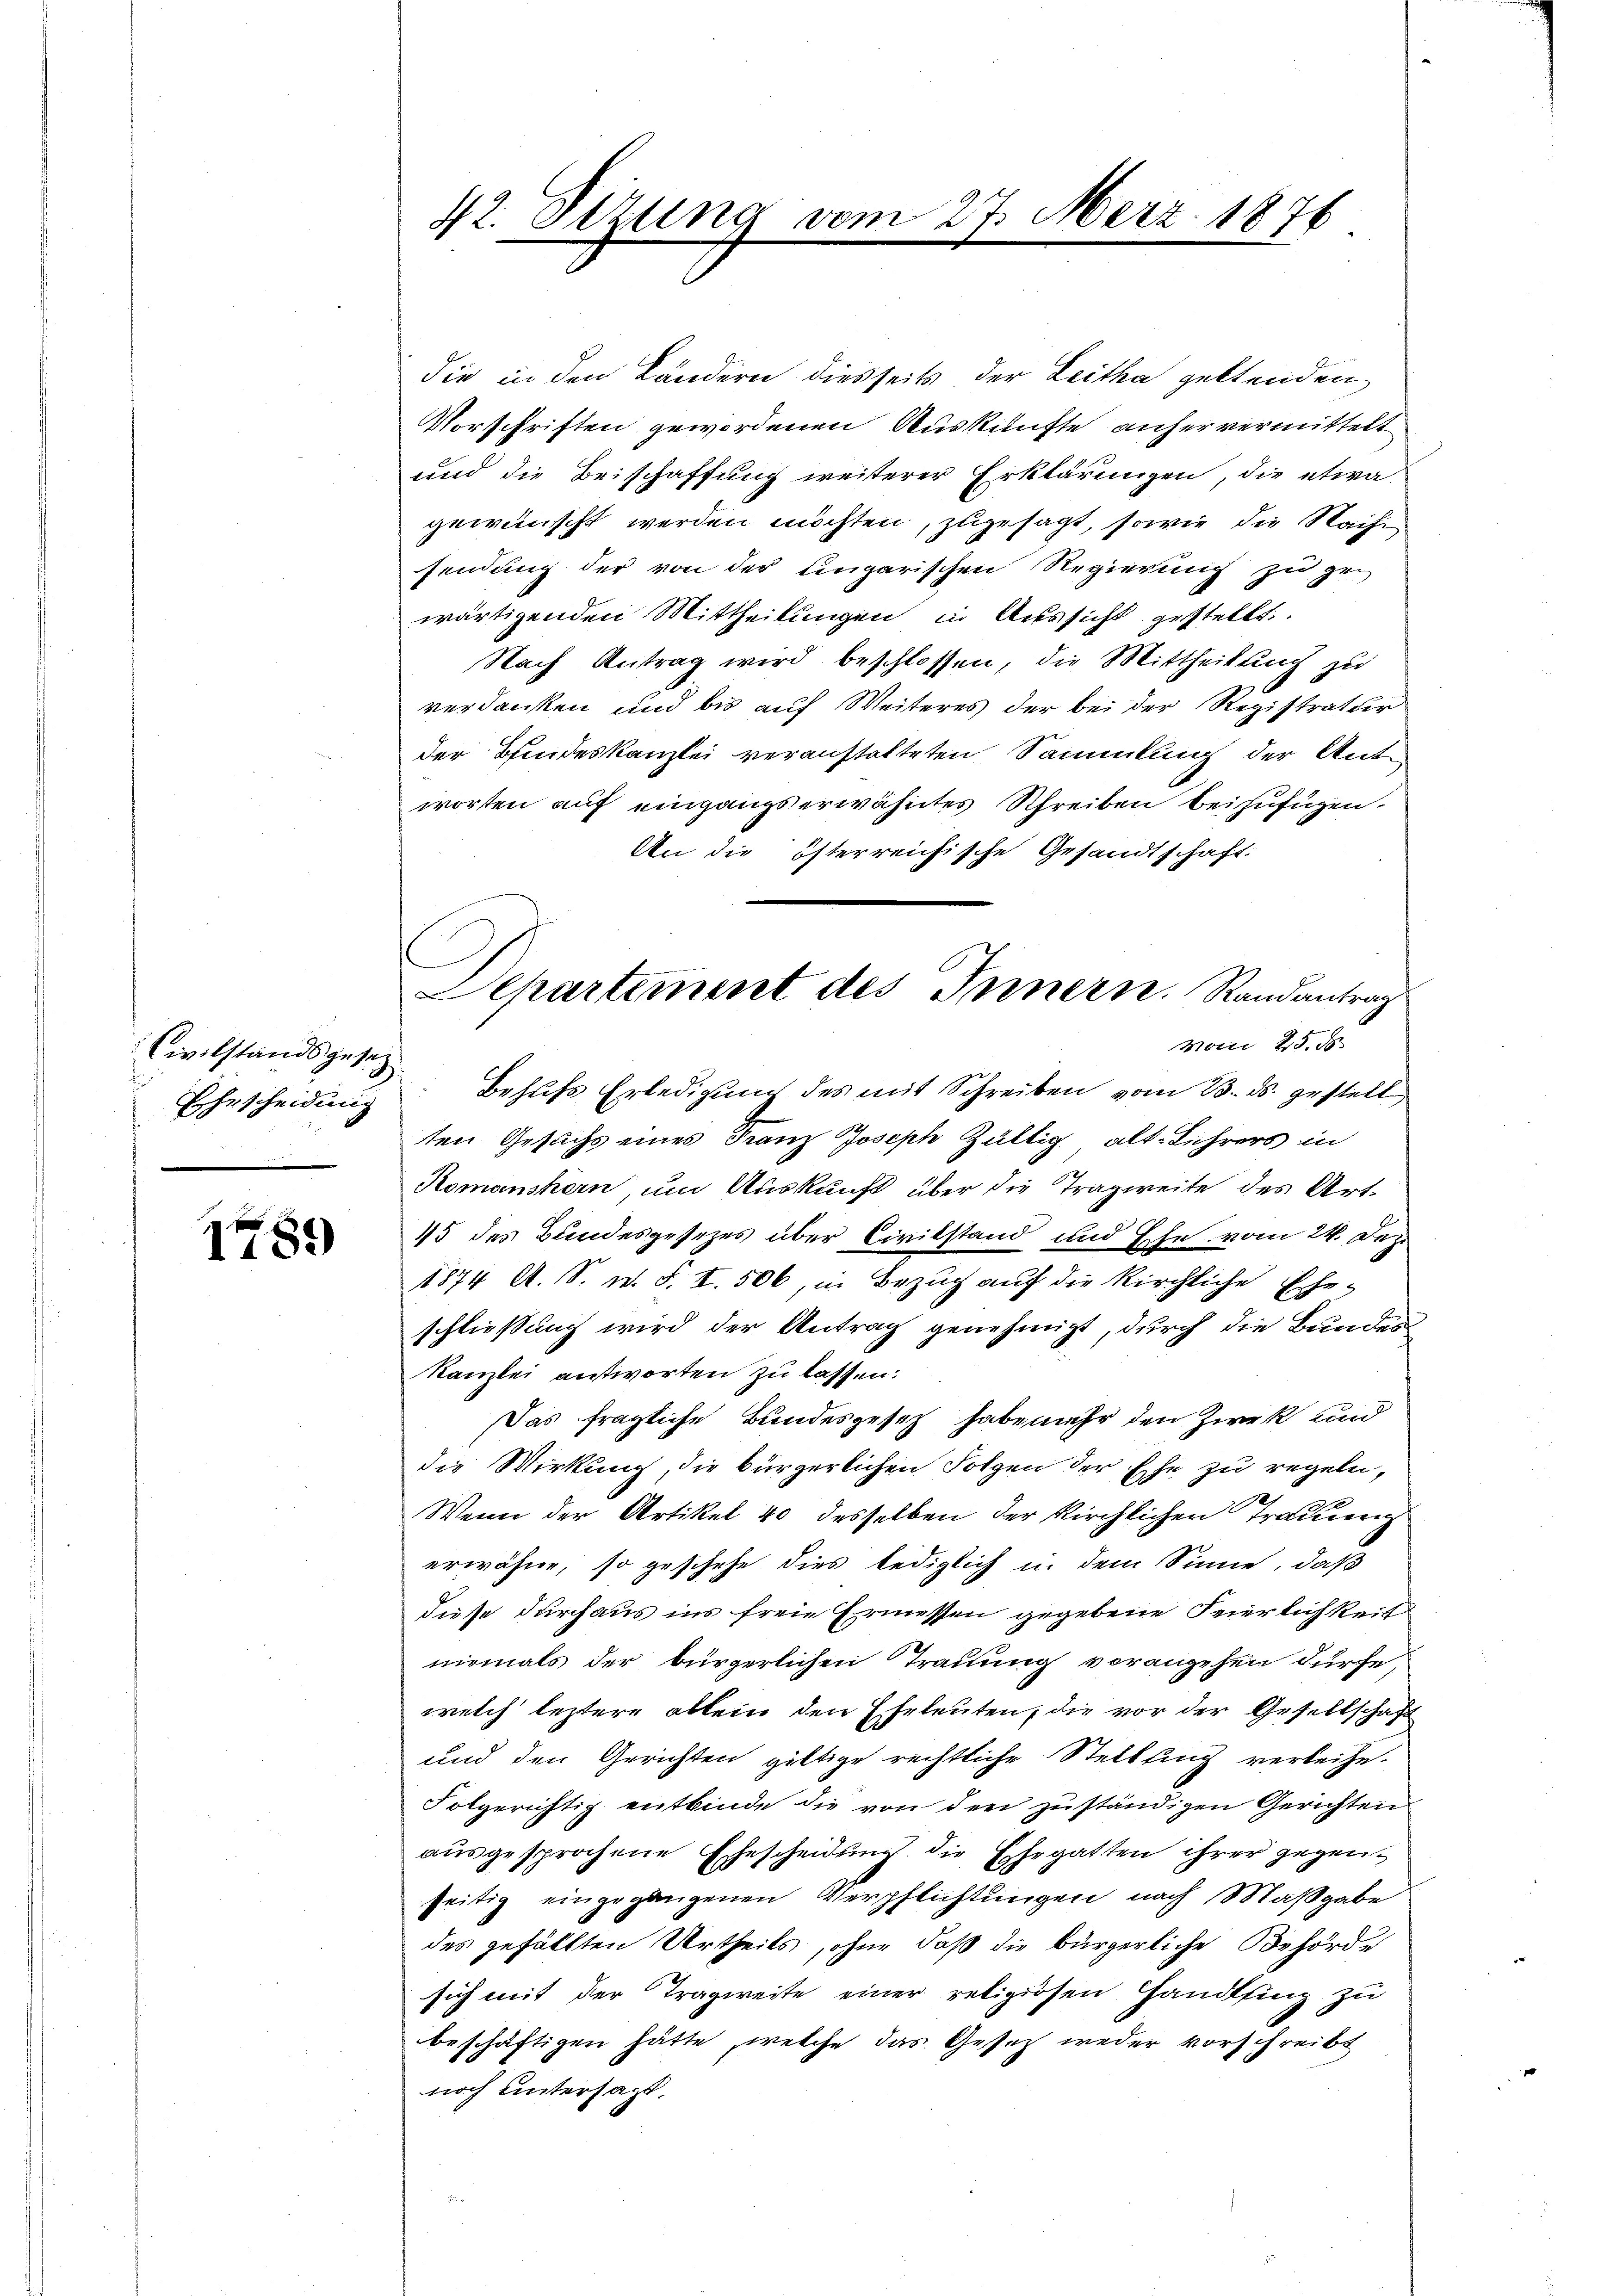
Civilstands gesez
Ehescheidung

1489

die in den Ländern diesseits der Leitha geltenden
Vorschriften gewordenen Auskünfte anher vermittelt
und die Beischaffung weiterer Erklärungen, die etwa
gewünscht werden möchten, zugesagt, sowie die Nache
sendung der von der ungarischen Regierung zu zu
wärtigenden Mittheilungen in Aussicht gestellt.
Nach Antrag wird beschlossen, die Mittheilung zu
verdanken und bis auf Weiteres der bei der Registratur
der Bundeskanzlei veranstatteten Sammlung der Antworten auf eingangs erwähntes Schreiben beizufügen.
An die österreichische Gesandtschaft:
Behufs Erledigung des mit Schreiben vom 23. ds. gestell
ten Gesuchs eines Franz Joseph Zültig alt. Lehrers in
Romanskern, um Auskunft über die Tragweite des Art.
45 des Bundesgesezes über Civilstand und Ehe vom 24. Dez
1874 A. S. w. S. I. 506, in Bezug auf die kirchliche Ehe-
schließung wird der Antrag genehmigt, durch die Bundes¬
Kanzlei antworten zu lassen:
Das fragliche Bundesgesetz habe mehr den Zweck und
die Wirkung, die bürgerlichen Folgen der Ehe zu regeln,
2
Wenn der Artikel 40 desselben der Kirchlichen Trauung
erwähne, so geschehe dies lediglich in dem Sinne, daß
diese durchaus ins freie Ermessen gegebene Feierlichkeit
niemals der bürgerlichen Trauung vorangehen dürfe,
welch leztere allein den Eheleuten, die vor der Gesellschaft
und den Gerichten giltige rechtliche Stellung verleihe
Folgerichtig entbinde die von den zuständigen Gerichten
ausgesprochene Ehescheidung die Ehegatten ihrer gegenseitig eingegangenen Verpflichtungen nach Maßgabe
des gefällten Urtheils, ohne daß die bürgerliche Behörde
sich mit der Tragweite einer religiösen Handfing zu
beschäftigen hätte, welche das Gesetz weder vorschreibt
noch untersagt,

42. Dezung

27. März 1876

C
Aepartement des Innern. Randantrags
Molli 25. d.